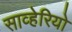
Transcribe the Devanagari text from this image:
साव्हेरियो